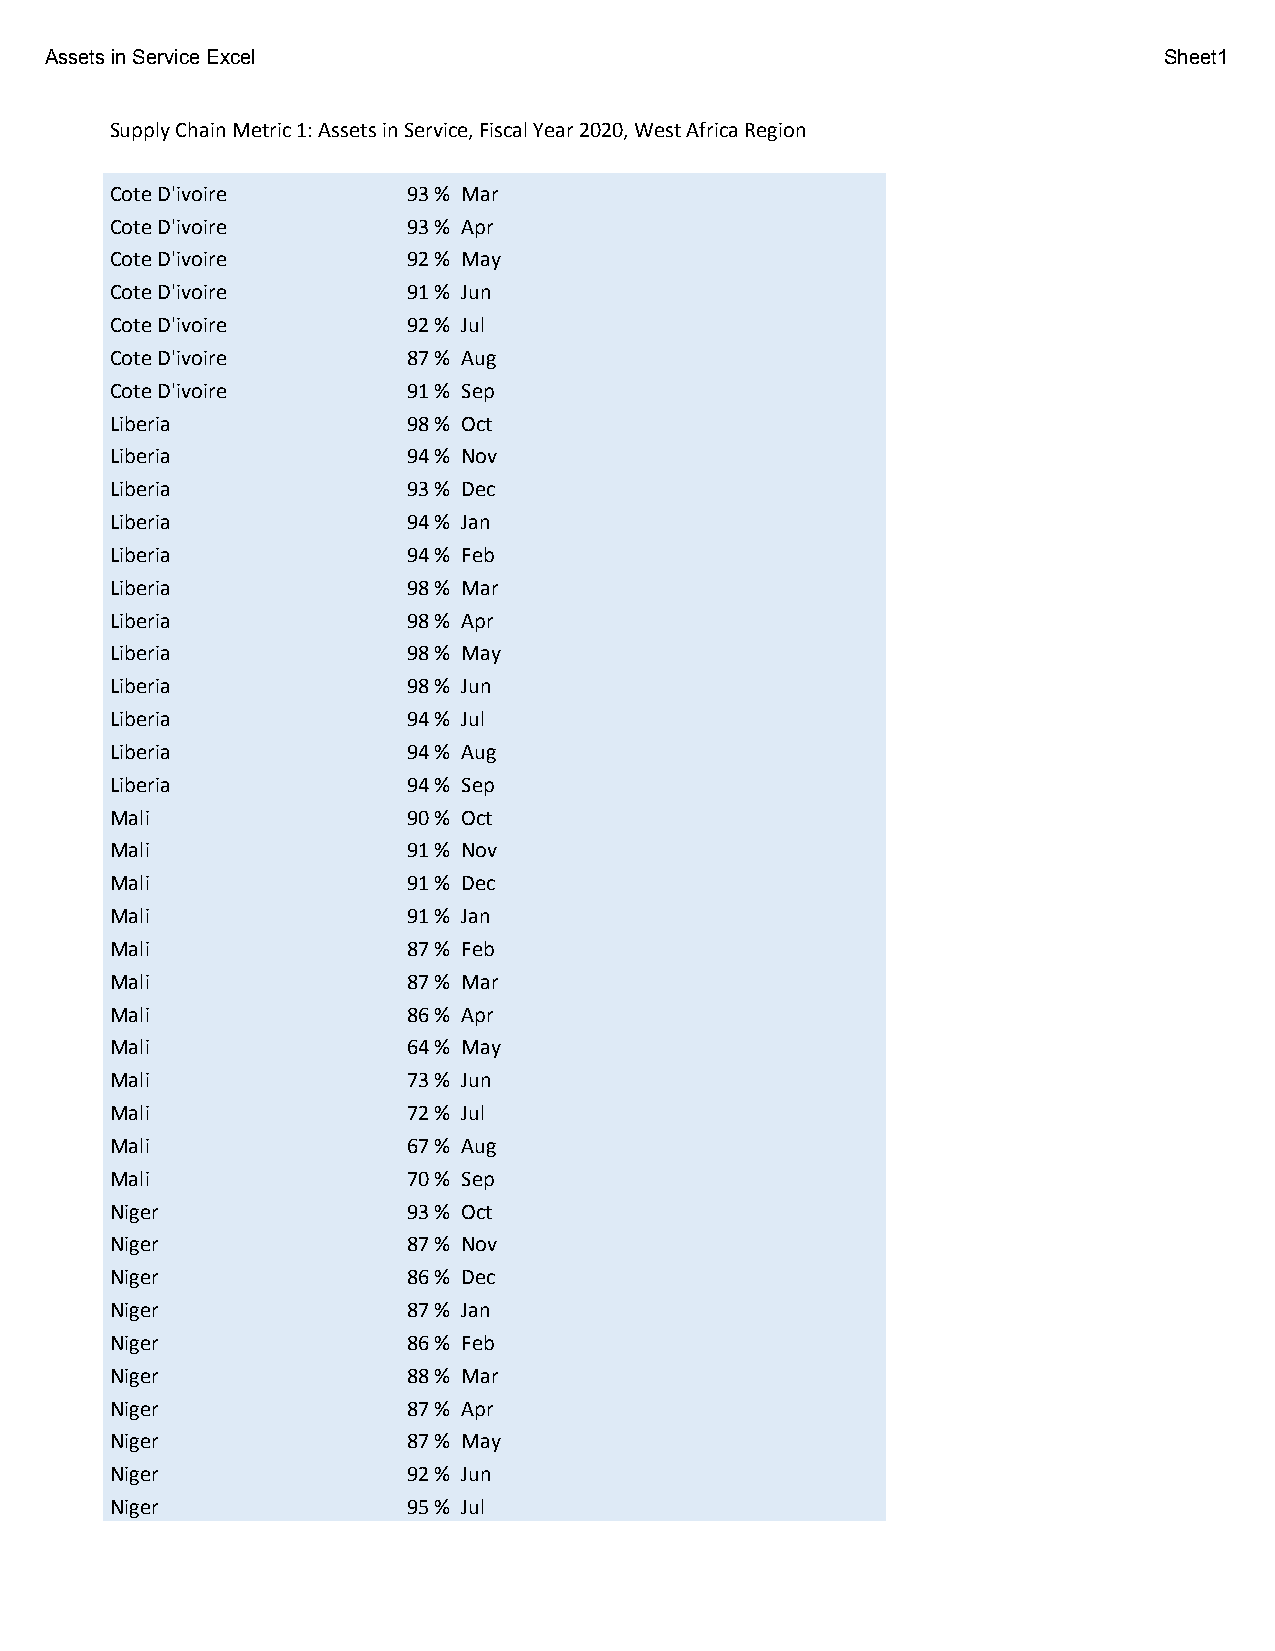
Assets in Service Excel                                                   Sheet1
 Supply Chain Metric 1: Assets in Service, Fiscal Year 2020, West Africa Region
 Cote D'ivoire       93 % Mar
 Cote D'ivoire       93 % Apr
 Cote D'ivoire       92 % May
 Cote D'ivoire       91 % Jun
 Cote D'ivoire       92 % Jul
 Cote D'ivoire       87 % Aug
 Cote D'ivoire       91 % Sep
 Liberia             98 % Oct
 Liberia             94 % Nov
 Liberia             93 % Dec
 Liberia             94 % Jan
 Liberia             94 % Feb
 Liberia             98 % Mar
 Liberia             98 % Apr
 Liberia             98 % May
 Liberia             98 % Jun
 Liberia             94 % Jul
 Liberia             94 % Aug
 Liberia             94 % Sep
 Mali                90 % Oct
 Mali                91 % Nov
 Mali                91 % Dec
 Mali                91 % Jan
 Mali                87 % Feb
 Mali                87 % Mar
 Mali                86 % Apr
 Mali                64 % May
 Mali                73 % Jun
 Mali                72 % Jul
 Mali                67 % Aug
 Mali                70 % Sep
 Niger               93 % Oct
 Niger               87 % Nov
 Niger               86 % Dec
 Niger               87 % Jan
 Niger               86 % Feb
 Niger               88 % Mar
 Niger               87 % Apr
 Niger               87 % May
 Niger               92 % Jun
 Niger               95 % Jul